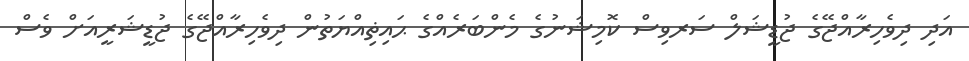
އަދި ދިވެހިރާއްޖޭގެ ޖުޑީޝަލް ސަރވިސް ކޮމިޝަނުގެ މެންބަރެއްގެ ޙައިޡިއްޔަތުން ދިވެހިރާއްޖޭގެ ޖުޑީޝަރީއަށް ވެސް